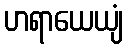
ဟရာယေယျံ